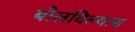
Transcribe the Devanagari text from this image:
बोलविल्यास